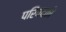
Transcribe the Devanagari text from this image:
परिषदको